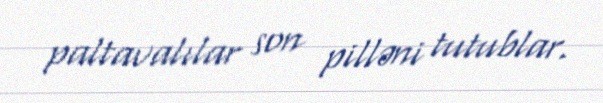
paltavalılar son pilləni tutublar.